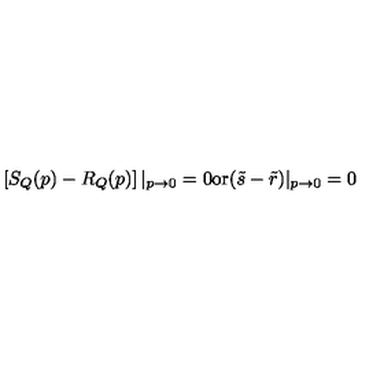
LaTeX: \left[ S _ { Q } ( p ) - R _ { Q } ( p ) \right] | _ { p \to 0 } = 0 \mathrm { o r } ( \tilde { s } - \tilde { r } ) | _ { p \to 0 } = 0